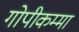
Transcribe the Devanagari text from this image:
गोपीकम्मा